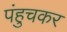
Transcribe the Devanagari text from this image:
पंहुचकर